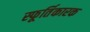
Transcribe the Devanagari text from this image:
स्फूर्तिकारक